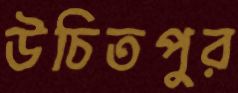
উচিতপুর